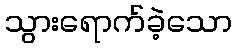
သွားရောက်ခဲ့သော